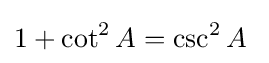
1+\cot ^{2}A=\csc ^{2}A\